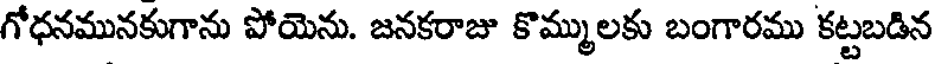
గోధనమునకుగాను పోయెను. జనకరాజు కొమ్ములకు బంగారము కట్టబడిన